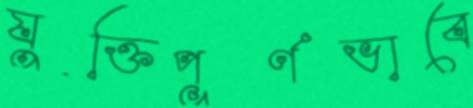
যুক্তিপূর্ণভাবে